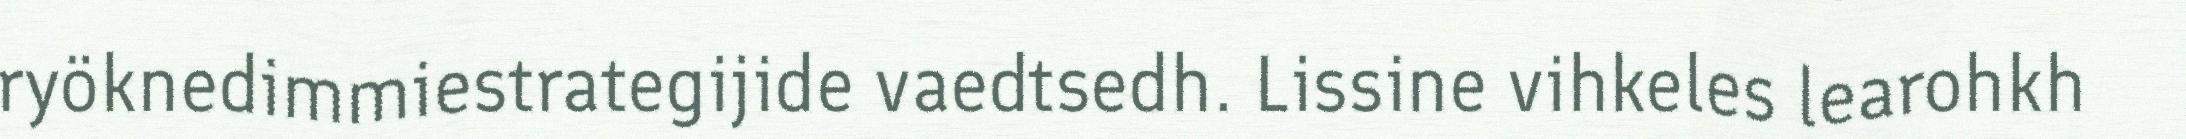
ryöknedimmiestrategijide vaedtsedh. Lissine vihkeles learohkh